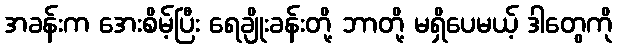
အခန်းက အေးစိမ့်ပြီး ရေချိုးခန်းတို့ ဘာတို့ မရှိပေမယ့် ဒါတွေကို